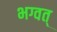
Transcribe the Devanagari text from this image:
भग्वत्